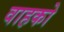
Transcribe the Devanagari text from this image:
वाहको